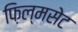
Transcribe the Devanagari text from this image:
फ़िल्मसेट